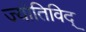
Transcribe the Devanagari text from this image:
ज्योतिविद्